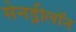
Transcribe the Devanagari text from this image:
सेनड्रीलॉन